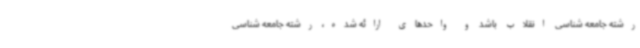
رشته جامعه شناسی انقلاب باشد و واحدهای ارائه شده، رشته جامعه شناسی